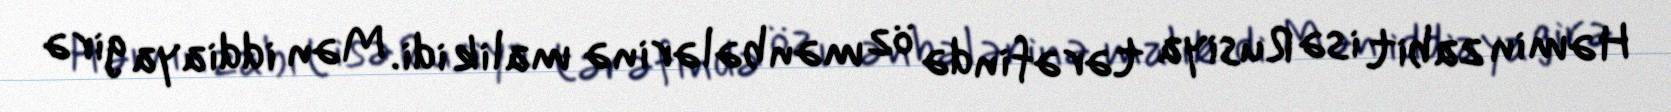
Həmin zabit isə Rusiya tərəfində öz mənbələrinə malik idi. Mən iddiaya girə